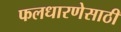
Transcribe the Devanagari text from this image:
फलधारणेसाठी